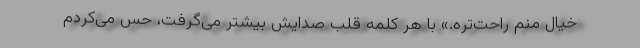
خیال منم راحت‌تره.» با هر کلمه قلب صدایش بیشتر می‌گرفت، حس می‌کردم